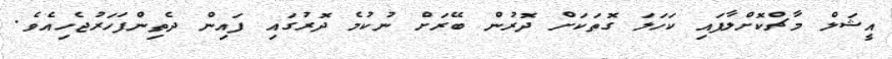
އީޝަލް މާޗްކޮށްލާފައި ކަހަލަ ގޮތަކަށް ދޮރުން ބޭރަށް ނުކުމެ ދޮރުގައި ފައިން ދެތިންފަހަރުޖެހިއެވެ.